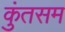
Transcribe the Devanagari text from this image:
कुंतसम